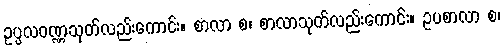
ဥပ္ပလဝဏ္ဏသုတ်လည်းကောင်း။ စာလာ စ၊ စာလာသုတ်လည်းကောင်း။ ဥပစာလာ စ၊